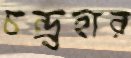
চন্দ্র্রহার